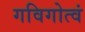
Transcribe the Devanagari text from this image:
गविगोत्वं